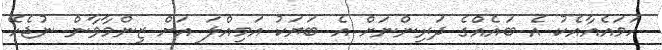
ހަމައެއާއެކު އެ ބައެއްގެ ދަރިންނަށް އެ ބަޔަކު އަމިއްލަ އަށް ޒިންމާވާން ނުޖެހޭ